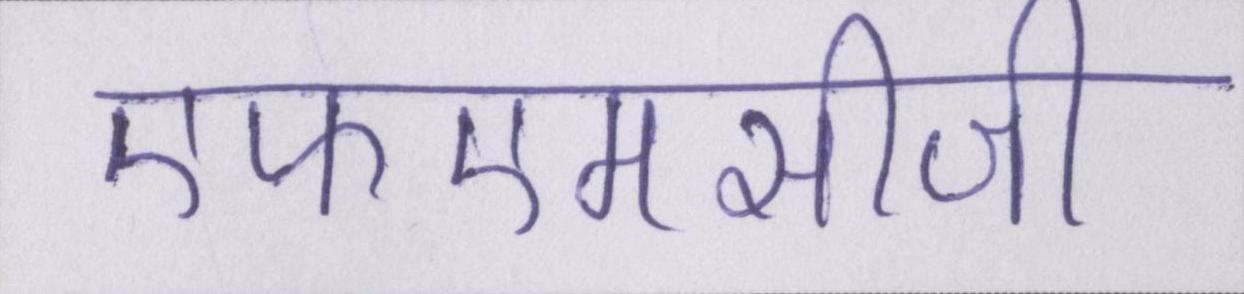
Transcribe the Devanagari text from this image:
एफएमसीजी